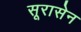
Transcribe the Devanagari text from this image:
सूरासेन